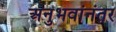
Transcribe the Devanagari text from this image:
अनुभवांनंतर